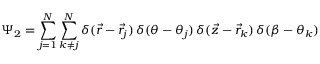
\Psi _ { 2 } = \sum _ { j = 1 } ^ { N } \sum _ { k \neq j } ^ { N } \delta ( \vec { r } - \vec { r } _ { j } ) \, \delta ( \theta - \theta _ { j } ) \, \delta ( \vec { z } - \vec { r } _ { k } ) \, \delta ( \beta - \theta _ { k } )